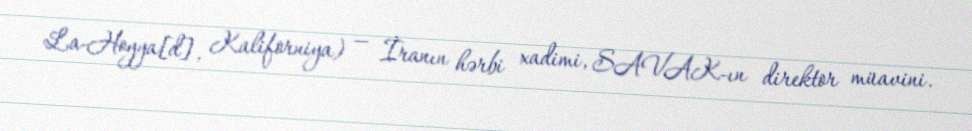
La-Hoyya[d], Kaliforniya) — İranın hərbi xadimi, SAVAK-ın direktor müavini.